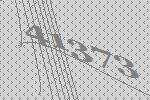
41373